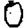
Digit: 0